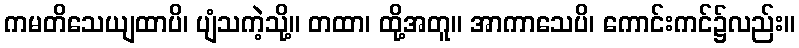
ကမတိသေယျထာပိ၊ ပျံသကဲ့သို့။ တထာ၊ ထို့အတူ။ အာကာသေပိ၊ ကောင်းကင်၌လည်း။